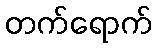
တက်ရောက်